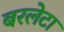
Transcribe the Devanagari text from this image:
बरलेटा